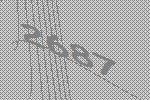
2687